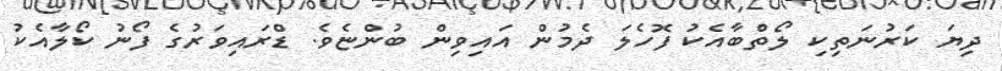
ދިޔަ ކަރުނަތިކި ލޯތްބާއެކު ފޮހެލަ ދެމުން އައިވިން ބުންޏެވެ. ޑްރައިވަރުގެ ފޯނު ކޯލާއެކު